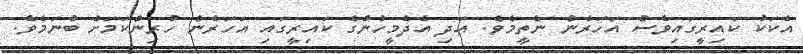
އެކަކު ކައިރީގައިވެސް އަހަރެން ނެތީމެވެ. އަދި އެދެމީހުންގެ ކައިރީގައި އަހަރެން ހުރިންކަމަށް ބުނަމެވެ.